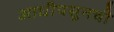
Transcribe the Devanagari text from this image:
आधीपसूनची